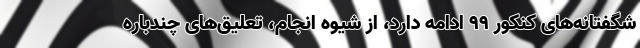
شگفتانه‌های کنکور 99 ادامه دارد، از شیوه انجام، تعلیق‌های چندباره